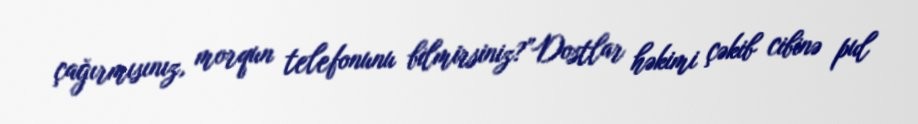
çağırmısınız, morqun telefonunu bilmirsiniz?”Dostlar həkimi çəkib cibinə pul